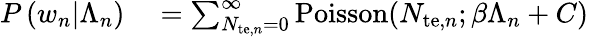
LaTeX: \begin{array}{rl}{P\left(w_{n}|\Lambda_{n}\right)}&{{}=\sum_{N_{\mathrm{te},n}=0}^{\infty}\mathrm{Poisson}(N_{\mathrm{te},n};\beta\Lambda_{n}+C)}\end{array}